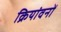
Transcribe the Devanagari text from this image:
क्रियांवनों